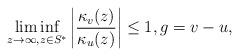
LaTeX: \begin{align*} \liminf_{z \to \infty, z \in S^*} \left| \frac{\kappa_v(z)}{\kappa_u(z)} \right| \leq 1 , g = v-u ,\end{align*}